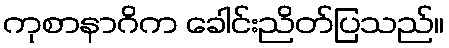
ကုစာနာဂိက ခေါင်းညိတ်ပြသည်။